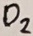
Text: D2